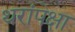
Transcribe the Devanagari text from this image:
थरांपेक्षा